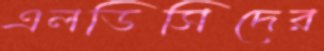
এলডিসিদের